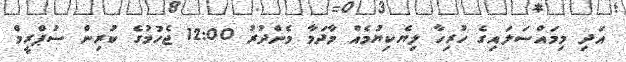
އަދި މިމައްސަލައިގެ ހުރިހާ ލިޔެކިޔުމެއް މާދަމާ މެންދުރު 12:00 ޖެހުމުގެ ކުރިން ސުޕްރީމް